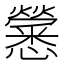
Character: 𢥒